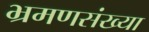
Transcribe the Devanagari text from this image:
भ्रमणसंख्या